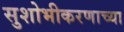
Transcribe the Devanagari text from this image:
सुशोभीकरणाच्या